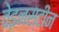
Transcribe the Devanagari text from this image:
वेइनस्टीन